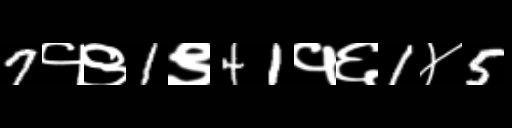
Text: 7१९1९41१६1४5